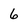
Character: 6